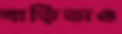
বাড়িডাও